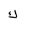
Letter: _kaf